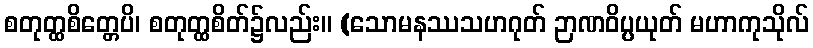
စတုတ္ထစိတ္တေပိ၊ စတုတ္ထစိတ်၌လည်း။ (သောမနဿသဟဂုတ် ဉာဏဝိပ္ပယုတ် မဟာကုသိုလ်